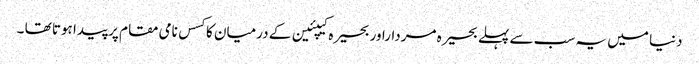
دنیا میں یہ سب سے پہلے بحیرہ مرداراور بحیرہ کیپئین کے درمیان کا کسس نامی مقام پر پیدا ہوتا تھا ۔